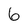
Character: 6